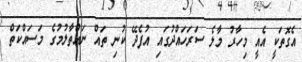
އެގޮތަކީ އެއީ މިހާރު މާލެ ސަރަހައްދުގައި އުފެދޭ ކުނި ތައް ނައްތާލުމުގެ މަސައްކަތް